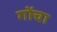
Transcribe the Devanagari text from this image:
गोंचा